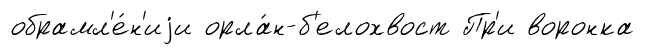
обрамл'е́н'иjи орла́н-б'елохвост Пр'и воронка